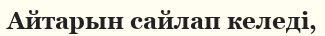
Айтарын сайлап келеді,